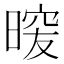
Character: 𭦿